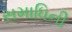
સમાધિની